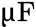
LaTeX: \upmu\textrm{F}